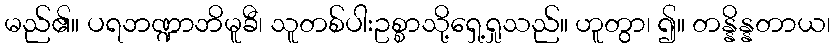
မည်၏။ ပရဘဏ္ဍာဘိမူခီ၊ သူတစ်ပါးဥစ္စာသို့ရှေ့ရှုသည်။ ဟူတွာ၊ ၍။ တန္နိန္နတာယ၊